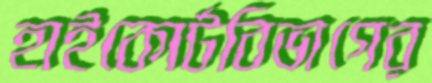
হাইকোর্টবিভাগের